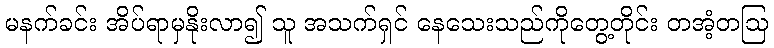
မနက်ခင်း အိပ်ရာမှနိုးလာ၍ သူ အသက်ရှင် နေသေးသည်ကိုတွေ့တိုင်း တအံ့တဩ